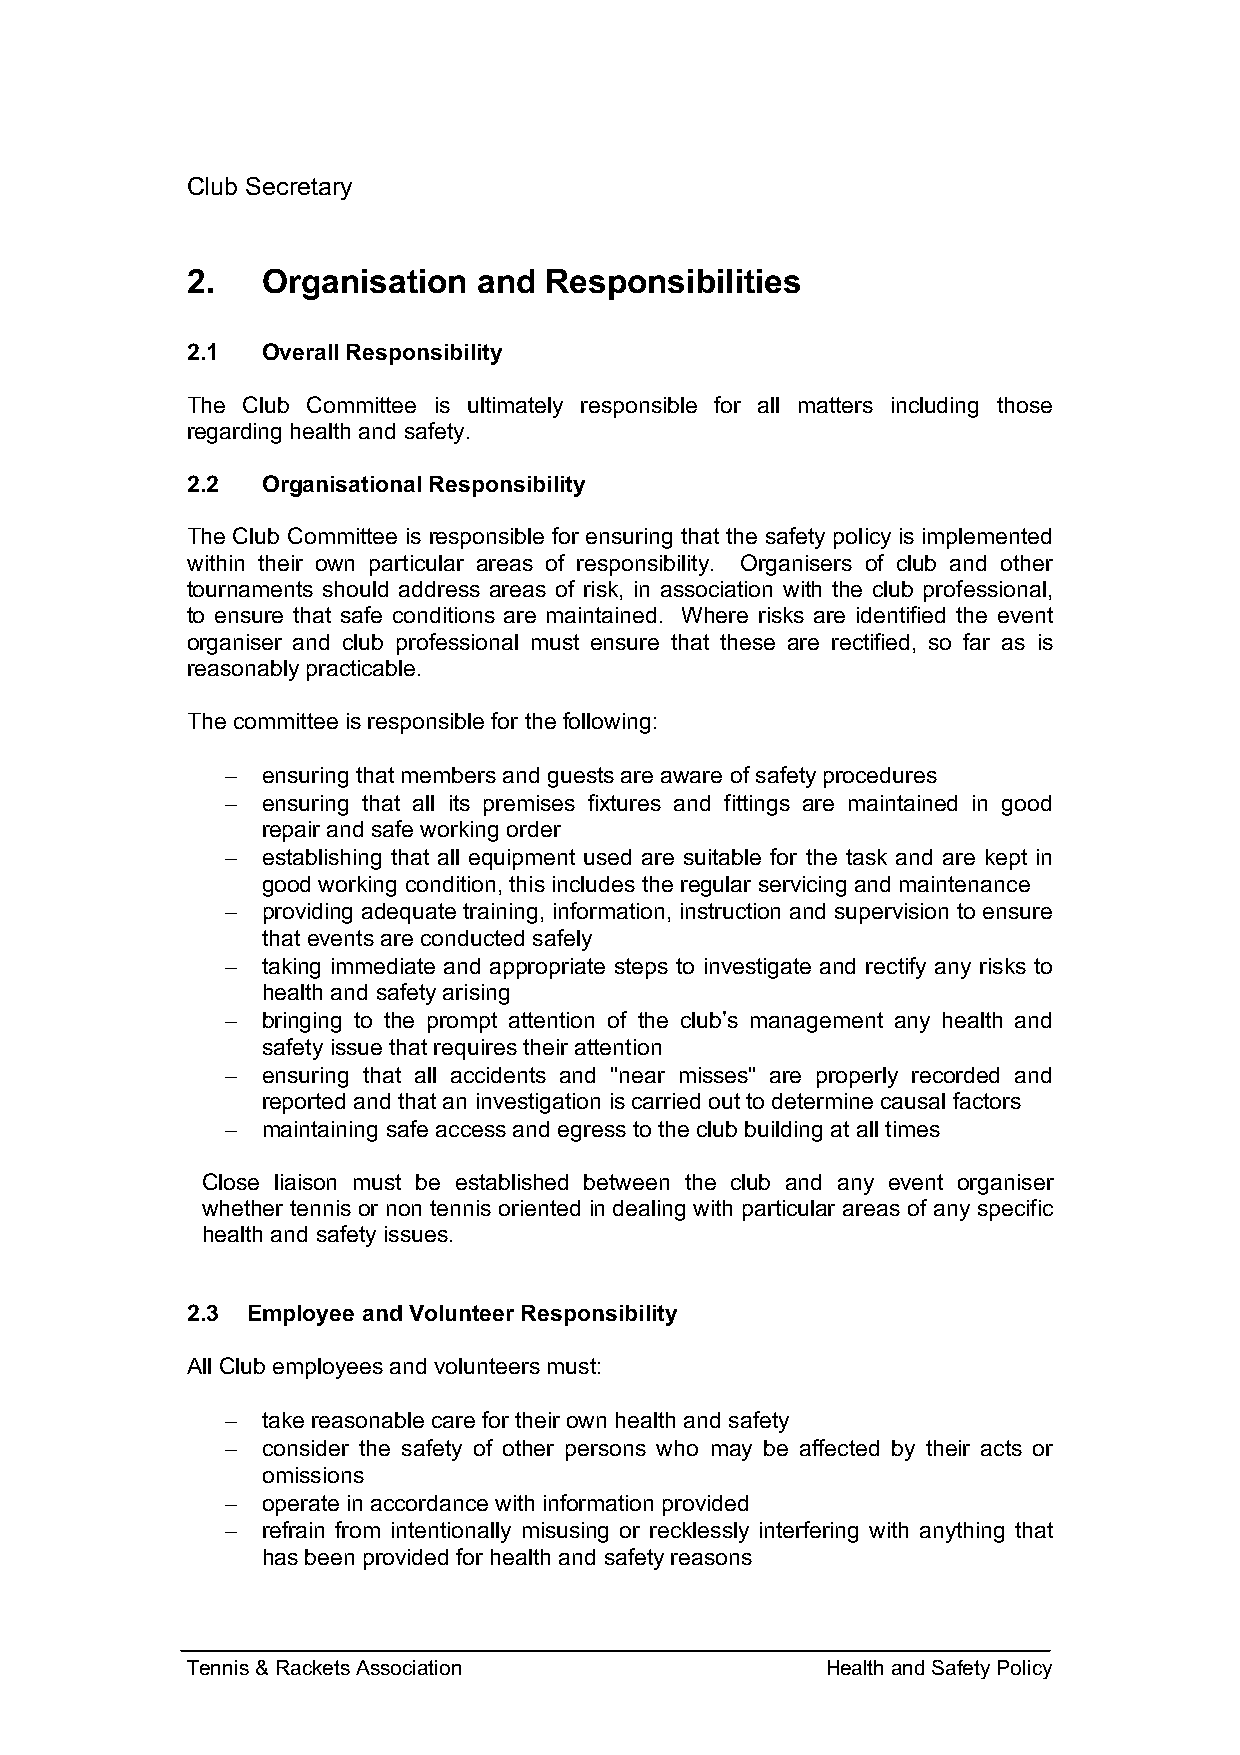
Club Secretary
 2.   Organisation   and Responsibilities
 2.1  Overall Responsibility
 The Club Committee is ultimately responsible for all matters including those
 regarding health and safety.
 2.2  Organisational Responsibility
 The Club Committee is responsible for ensuring that the safety policy is implemented
 within their own particular areas of responsibility. Organisers of club and other
 tournaments should address areas of risk, in association with the club professional,
 to ensure that safe conditions are maintained. Where risks are identified the event
 organiser and club professional must ensure that these are rectified, so far as is
 reasonably practicable.
 The committee is responsible for the following:
 - ensuring that members and guests are aware of safety procedures
 - ensuring that all its premises fixtures and fittings are maintained in good
 repair and safe working order
 - establishing that all equipment used are suitable for the task and are kept in
 good working condition, this includes the regular servicing and maintenance
 - providing adequate training, information, instruction and supervision to ensure
 that events are conducted safely
 - taking immediate and appropriate steps to investigate and rectify any risks to
 health and safety arising
 - bringing to the prompt attention of the club’s management any health and
 safety issue that requires their attention
 - ensuring that all accidents and "near misses" are properly recorded and
 reported and that an investigation is carried out to determine causal factors
 - maintaining safe access and egress to the club building at all times
 Close liaison must be established between the club and any event organiser
 whether tennis or non tennis oriented in dealing with particular areas of any specific
 health and safety issues.
 2.3 Employee and Volunteer Responsibility
 All Club employees and volunteers must:
 - take reasonable care for their own health and safety
 - consider the safety of other persons who may be affected by their acts or
 omissions
 - operate in accordance with information provided
 - refrain from intentionally misusing or recklessly interfering with anything that
 has been provided for health and safety reasons
 Tennis & Rackets Association               Health and Safety Policy